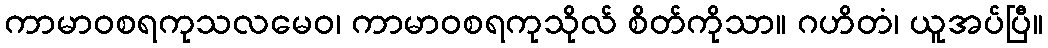
ကာမာဝစရကုသလမေဝ၊ ကာမာဝစရကုသိုလ် စိတ်ကိုသာ။ ဂဟိတံ၊ ယူအပ်ပြီ။